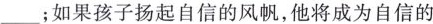
___；如果孩子扬起自信的风帆，他将成为自信的